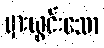
မှားယွင်းသော